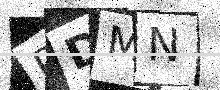
Text: RDMN